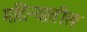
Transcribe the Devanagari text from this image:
मदिन्यातील